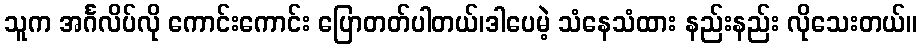
သူက အင်္ဂလိပ်လို ကောင်းကောင်း ပြောတတ်ပါတယ်၊ဒါပေမဲ့ သံနေသံထား နည်းနည်း လိုသေးတယ်။